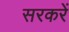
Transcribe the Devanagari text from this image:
सरकरें